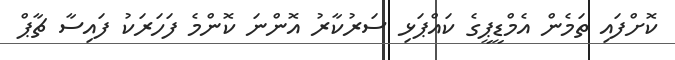
ކޮށްފައި ތަމެން އެމްޑީޕީގެ ކައްޕަޅި ސަރުކާރު އޮންނަ ކޮންމެ ފަހަރަކު ފައިސާ ޗާޕް